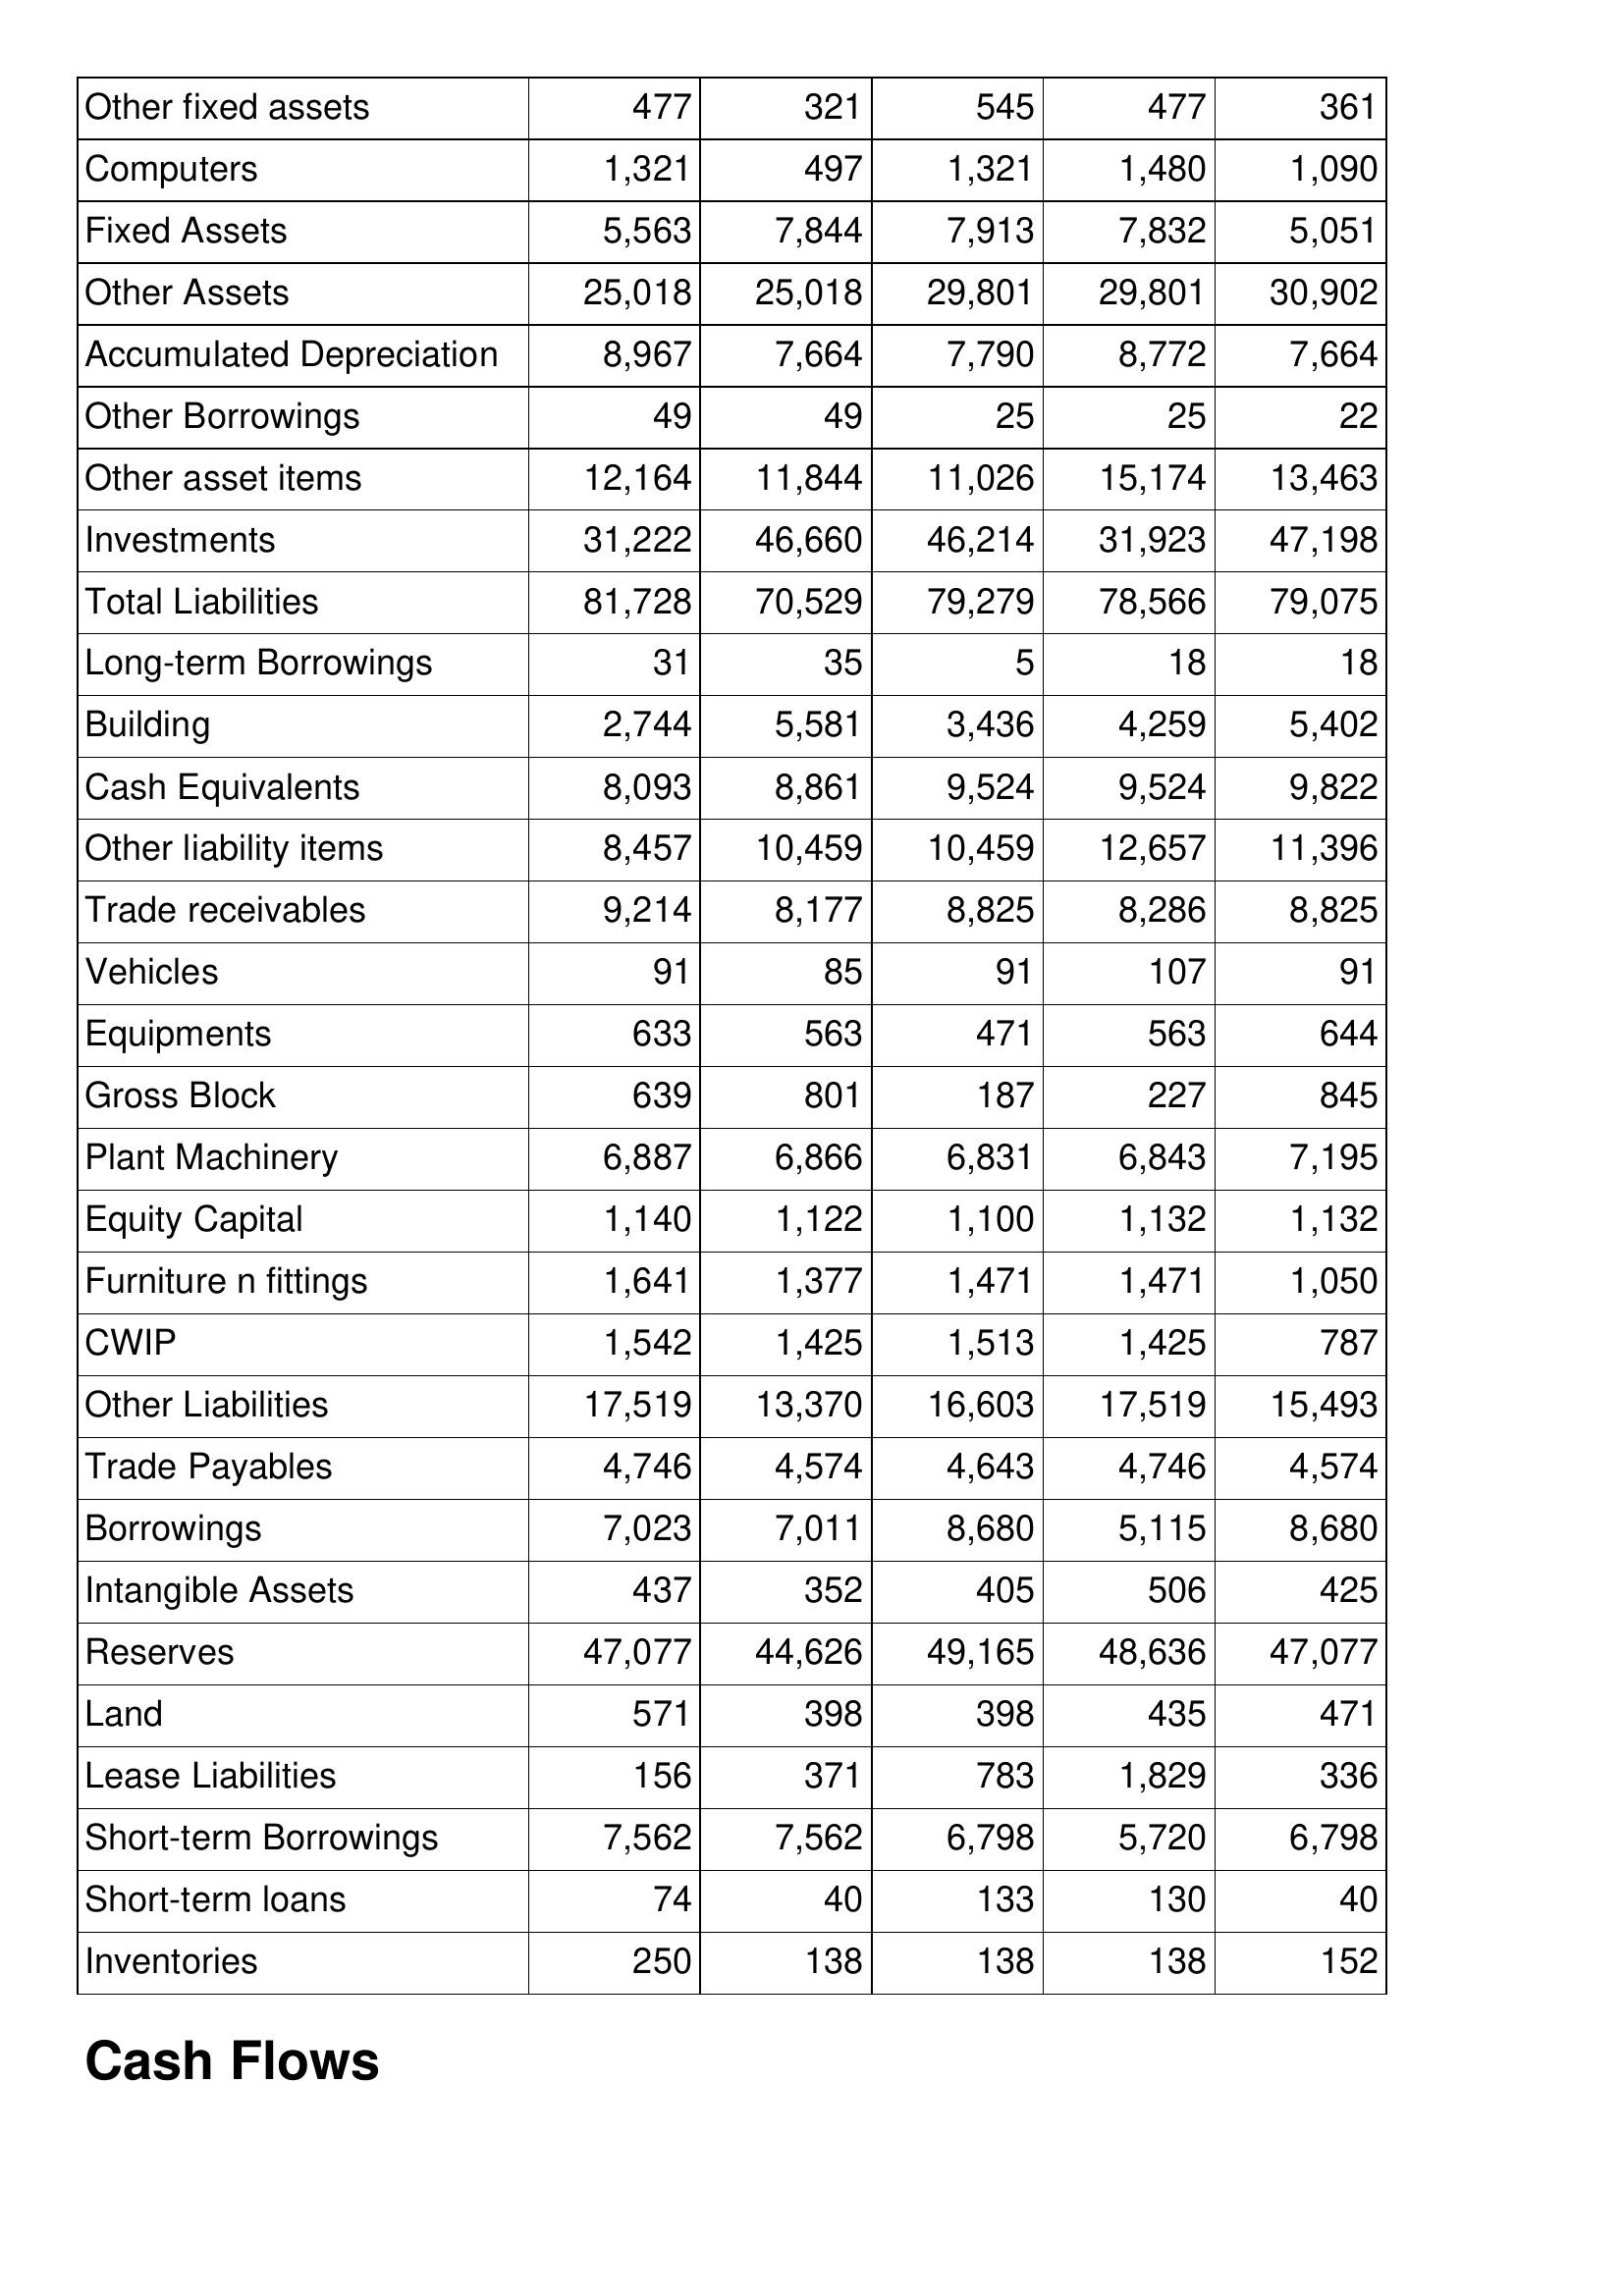
Apr-03: Balance Sheet: Other fixed assets: 477
Computers: 1,321
Fixed Assets: 5,563
Other Assets: 25,018
Accumulated Depreciation: 8,967
Other Borrowings: 49
Other asset items: 12,164
Investments: 31,222
Total Liabilities: 81,728
Long-term Borrowings: 31
Building: 2,744
Cash Equivalents: 8,093
Other liability items: 8,457
Trade receivables: 9,214
Vehicles: 91
Equipments: 633
Gross Block: 639
Plant Machinery: 6,887
Equity Capital: 1,140
Furniture n fittings: 1,641
CWIP: 1,542
Other Liabilities: 17,519
Trade Payables: 4,746
Borrowings: 7,023
Intangible Assets: 437
Reserves: 47,077
Land: 571
Lease Liabilities: 156
Short-term Borrowings: 7,562
Short-term loans: 74
Inventories: 250
Apr-02: Balance Sheet: Other fixed assets: 321
Computers: 497
Fixed Assets: 7,844
Other Assets: 25,018
Accumulated Depreciation: 7,664
Other Borrowings: 49
Other asset items: 11,844
Investments: 46,660
Total Liabilities: 70,529
Long-term Borrowings: 35
Building: 5,581
Cash Equivalents: 8,861
Other liability items: 10,459
Trade receivables: 8,177
Vehicles: 85
Equipments: 563
Gross Block: 801
Plant Machinery: 6,866
Equity Capital: 1,122
Furniture n fittings: 1,377
CWIP: 1,425
Other Liabilities: 13,370
Trade Payables: 4,574
Borrowings: 7,011
Intangible Assets: 352
Reserves: 44,626
Land: 398
Lease Liabilities: 371
Short-term Borrowings: 7,562
Short-term loans: 40
Inventories: 138
Apr-01: Balance Sheet: Other fixed assets: 545
Computers: 1,321
Fixed Assets: 7,913
Other Assets: 29,801
Accumulated Depreciation: 7,790
Other Borrowings: 25
Other asset items: 11,026
Investments: 46,214
Total Liabilities: 79,279
Long-term Borrowings: 5
Building: 3,436
Cash Equivalents: 9,524
Other liability items: 10,459
Trade receivables: 8,825
Vehicles: 91
Equipments: 471
Gross Block: 187
Plant Machinery: 6,831
Equity Capital: 1,100
Furniture n fittings: 1,471
CWIP: 1,513
Other Liabilities: 16,603
Trade Payables: 4,643
Borrowings: 8,680
Intangible Assets: 405
Reserves: 49,165
Land: 398
Lease Liabilities: 783
Short-term Borrowings: 6,798
Short-term loans: 133
Inventories: 138
Apr-00: Balance Sheet: Other fixed assets: 477
Computers: 1,480
Fixed Assets: 7,832
Other Assets: 29,801
Accumulated Depreciation: 8,772
Other Borrowings: 25
Other asset items: 15,174
Investments: 31,923
Total Liabilities: 78,566
Long-term Borrowings: 18
Building: 4,259
Cash Equivalents: 9,524
Other liability items: 12,657
Trade receivables: 8,286
Vehicles: 107
Equipments: 563
Gross Block: 227
Plant Machinery: 6,843
Equity Capital: 1,132
Furniture n fittings: 1,471
CWIP: 1,425
Other Liabilities: 17,519
Trade Payables: 4,746
Borrowings: 5,115
Intangible Assets: 506
Reserves: 48,636
Land: 435
Lease Liabilities: 1,829
Short-term Borrowings: 5,720
Short-term loans: 130
Inventories: 138
Apr-99: Balance Sheet: Other fixed assets: 361
Computers: 1,090
Fixed Assets: 5,051
Other Assets: 30,902
Accumulated Depreciation: 7,664
Other Borrowings: 22
Other asset items: 13,463
Investments: 47,198
Total Liabilities: 79,075
Long-term Borrowings: 18
Building: 5,402
Cash Equivalents: 9,822
Other liability items: 11,396
Trade receivables: 8,825
Vehicles: 91
Equipments: 644
Gross Block: 845
Plant Machinery: 7,195
Equity Capital: 1,132
Furniture n fittings: 1,050
CWIP: 787
Other Liabilities: 15,493
Trade Payables: 4,574
Borrowings: 8,680
Intangible Assets: 425
Reserves: 47,077
Land: 471
Lease Liabilities: 336
Short-term Borrowings: 6,798
Short-term loans: 40
Inventories: 152